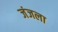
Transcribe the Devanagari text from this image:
जंजला